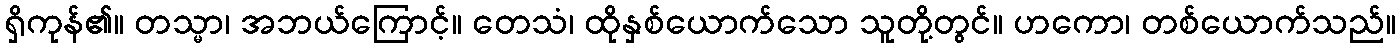
ရှိကုန်၏။ တသ္မာ၊ အဘယ်ကြောင့်။ တေသံ၊ ထိုနှစ်ယောက်သော သူတို့တွင်။ ဟကော၊ တစ်ယောက်သည်။